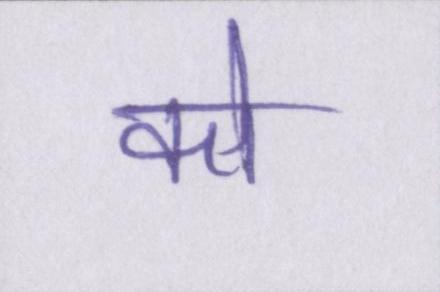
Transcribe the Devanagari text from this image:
को